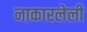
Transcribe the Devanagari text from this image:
नाकारलेली